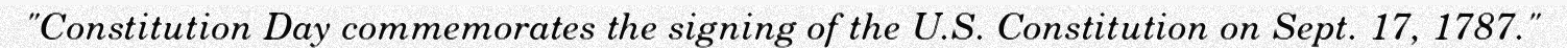
"Constitution Day commemorates the signing of the U.S. Constitution on Sept. 17, 1787."